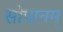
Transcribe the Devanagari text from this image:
सोपानम्